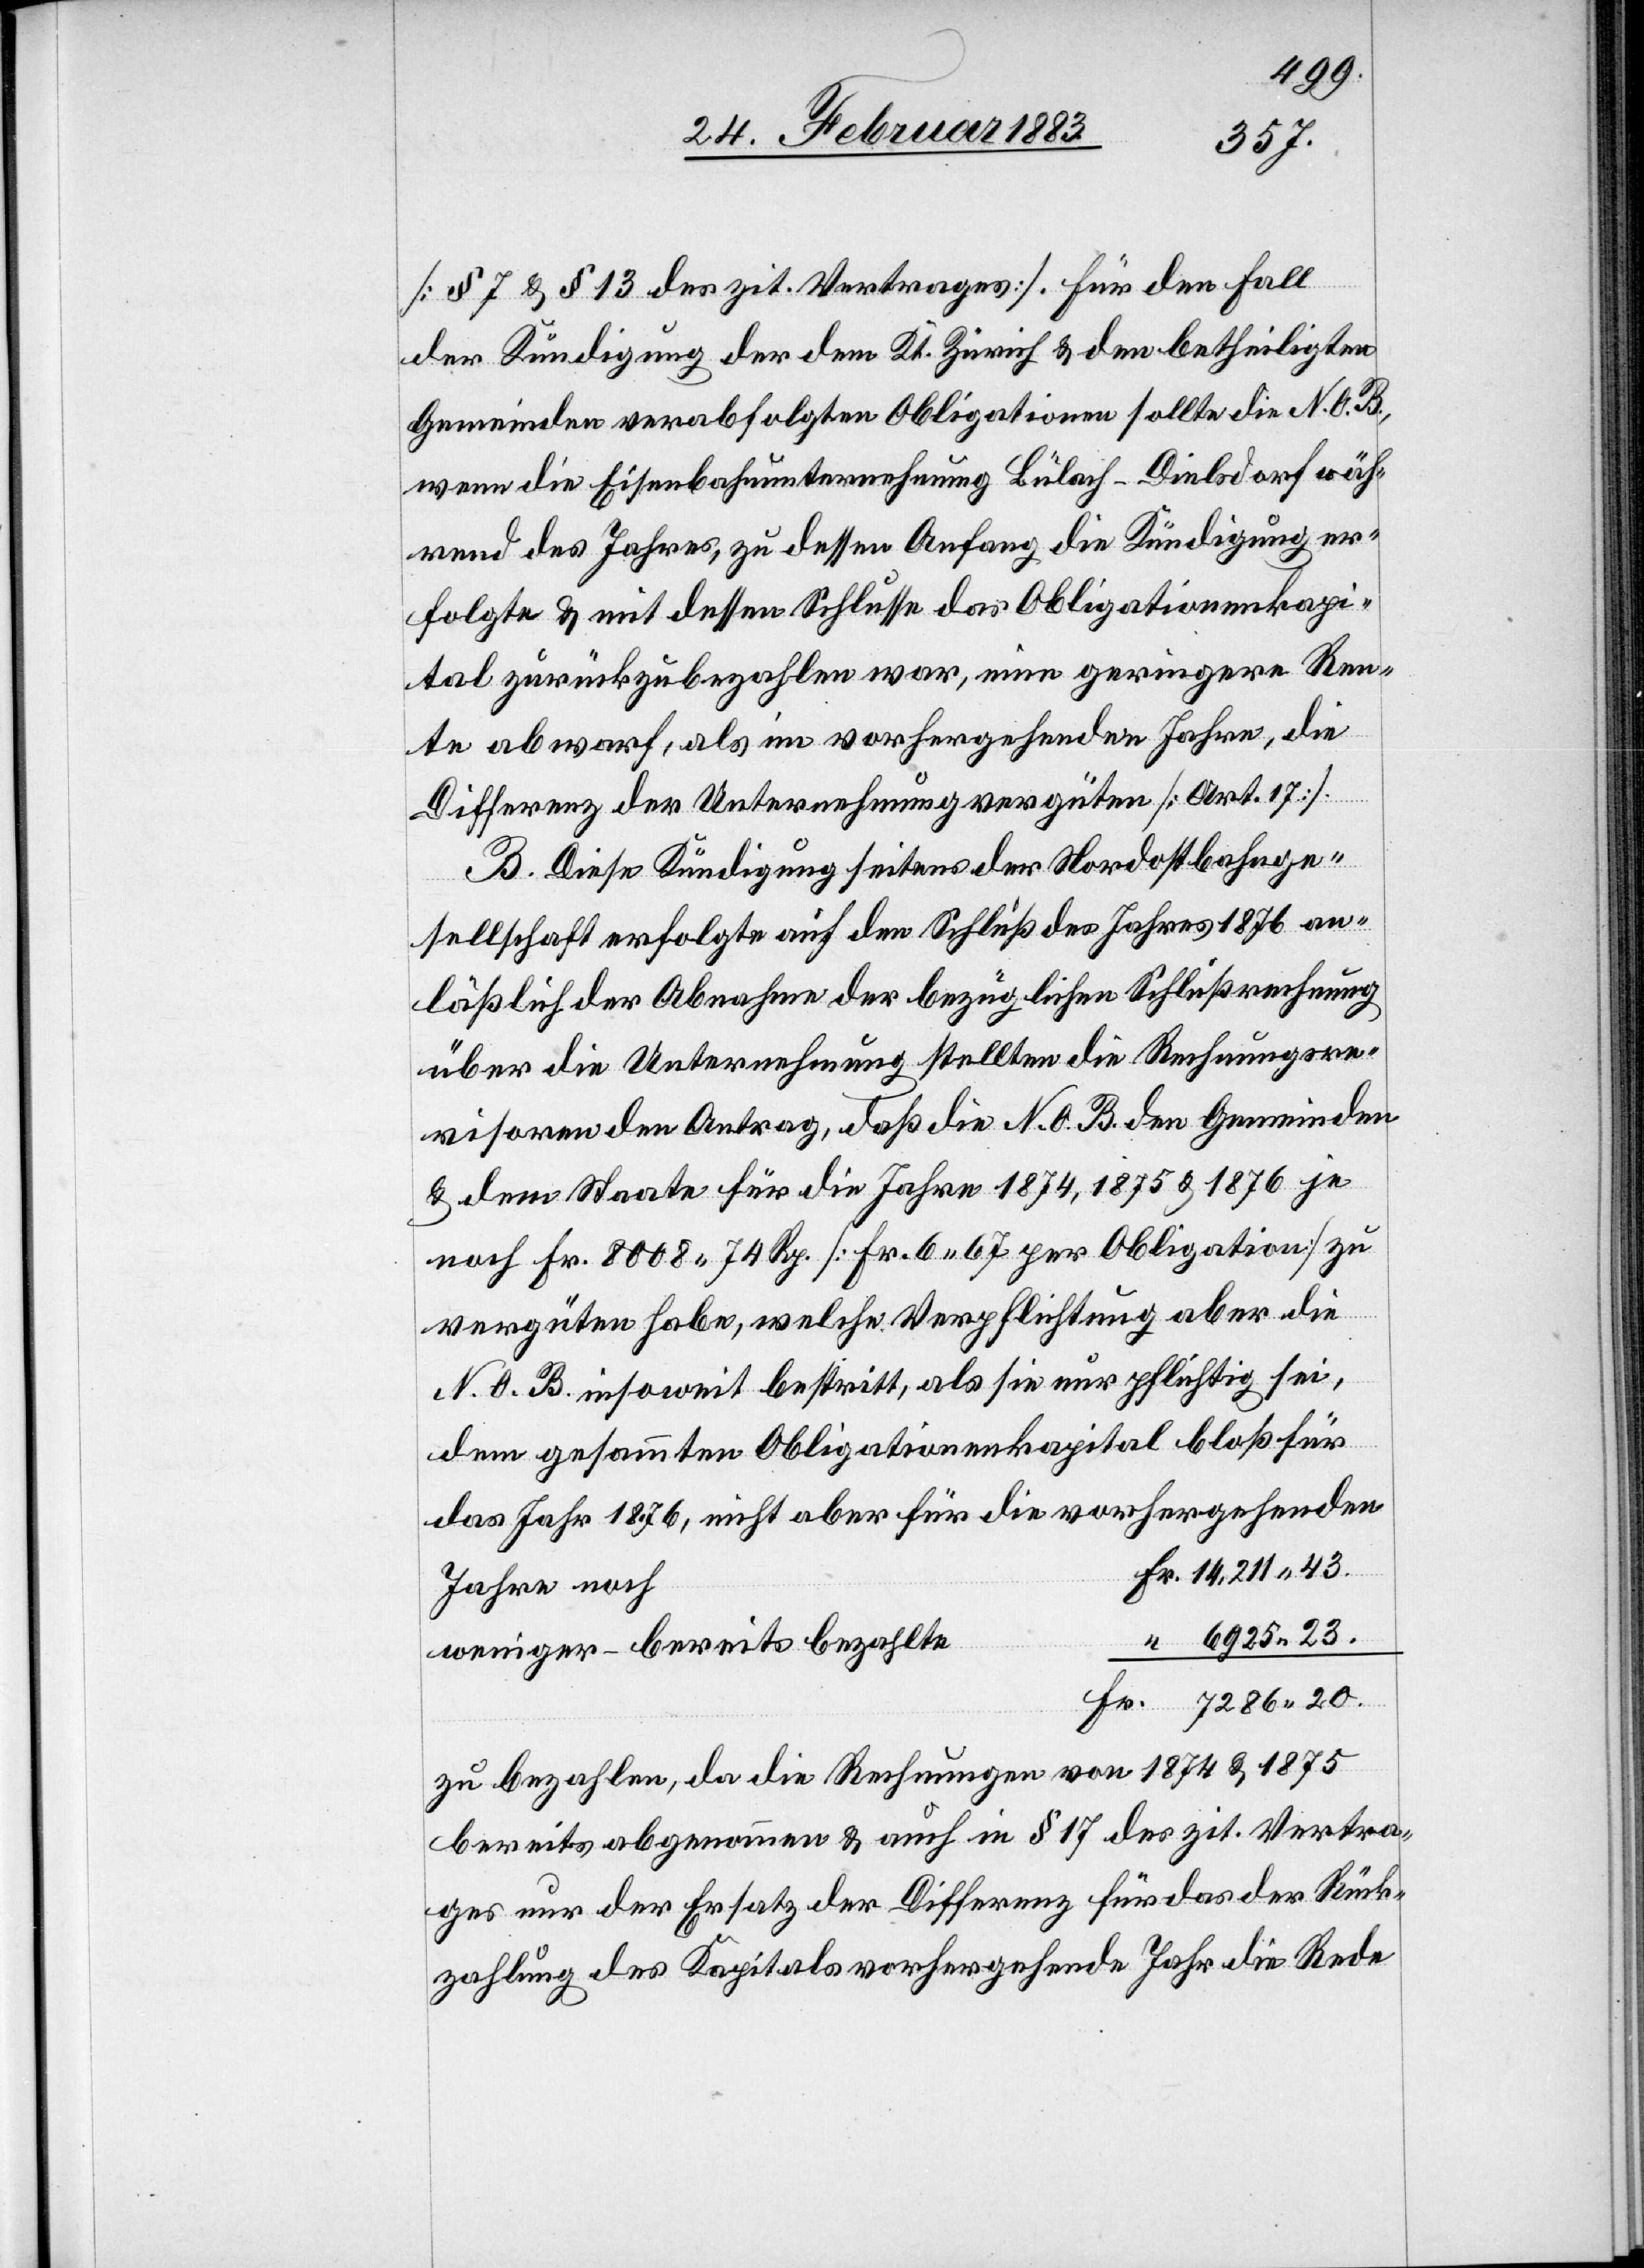
Jahr
[§ 7 & 13 des zit. Vertrages]. Für den Fall
der Kündigung der dem Kt. Zürich & den betheiligten
Gemeinden verabfolgten Obligationen sollte die N. O. B.,
wenn die Eisenbahnunternehmung Bülach–Dielsdorf wäh¬
rend des Jahres, zu dessen Schlusse das Obligationen¬
ital zurückzubezahlen war, eine geringere Ren¬
te abwarf, als im vorhergehenden Jahre, die
20.
Differenz der Unternehmung vergüten [Art. 17].
B. Diese Kündigung seitens der Nordostbahnge¬
sellschaft erfolgte auf den Schluß des Jahres 1876 an¬
läßlich der Abnahme der bezüglichen Schlußrechnung[,]
über die Unternehmung stellten die Rechnungsre¬
visoren den Antrag, daß die N. O. B. den Gemeinden
& dem Staate für die Jahre 1874, 1875 & 1876 je
noch Fr. 8008 74 Rp. [Fr. 6 67 per Obligation] zu
vergüten habe, welche Verpflichtung aber die
N. O. B. insoweit bestritt, als sie nur pflichtig sei,
dem gesammten Obligationenkapital bloß für
Jahre noch
weniger bereits bezahlte
zu bezahlen, da die Rechnungen von 1874 & 1875
bereits abgenommen & auch in § 17 des zit. Vertra¬
ges nur der Ersatz der Differenz für das der Rück¬
zahlung des Kapitals vorhergehende Jahr die Rede